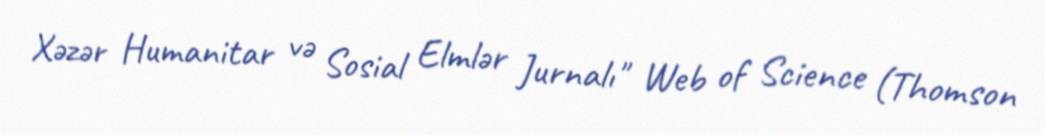
Xəzər Humanitar və Sosial Elmlər Jurnalı" Web of Science (Thomson